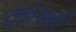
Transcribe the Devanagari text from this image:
पॅलेसही